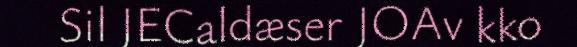
Sil JECaldæser JOAv kko